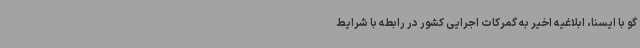
گو با ایسنا، ابلاغیه اخیر به گمرکات اجرایی کشور در رابطه با شرایط